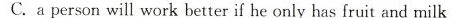
C. a person will work better if he only has fruit and milk